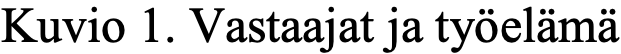
Kuvio 1. Vastaajat ja työelämä